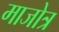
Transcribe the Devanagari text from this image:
माजोत्र